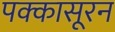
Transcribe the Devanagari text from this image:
पक्कासूरन